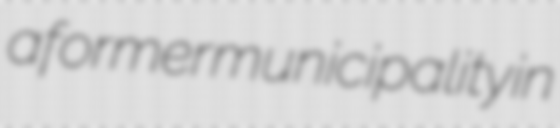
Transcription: a former municipality in